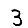
Digit: 3